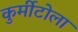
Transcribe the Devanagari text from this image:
कुर्मीटोला